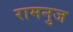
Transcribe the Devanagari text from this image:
रामनुज